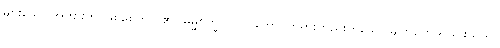
များသော အကျိုးကို ဖြစ်စေတတ်၏။ ဓမ္မစက္ခုပဋိလာဘော၊ တရားတည်းဟူသော မျက်စိကို ရခြင်းသည်။